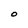
Character: O